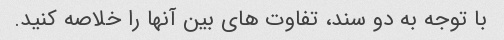
با توجه به دو سند، تفاوت های بین آنها را خلاصه کنید.